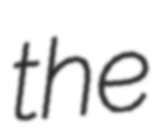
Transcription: the